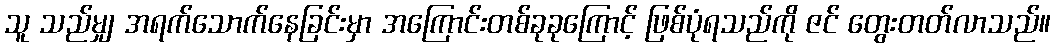
သူ သည်မျှ အရက်သောက်နေခြင်းမှာ အကြောင်းတစ်ခုခုကြောင့် ဖြစ်ပုံရသည်ကို ဇင် တွေးတတ်လာသည်။